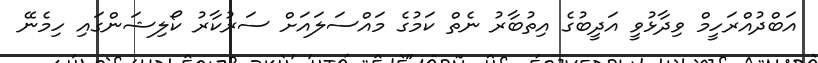
އަބްދުއްރަހީމް ވިދާޅުވީ އަދީބުގެ އިތުބާރު ނެތް ކަމުގެ މައްސަލައަށް ސަރުކާރު ކޯލިޝަންގައި ހިމެނޭ